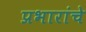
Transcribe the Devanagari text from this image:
प्रभारांचे